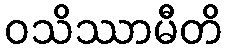
ဝသိဿာမီတိ